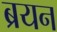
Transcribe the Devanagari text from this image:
ब्रयन